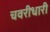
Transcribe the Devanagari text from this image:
चवरीधारी